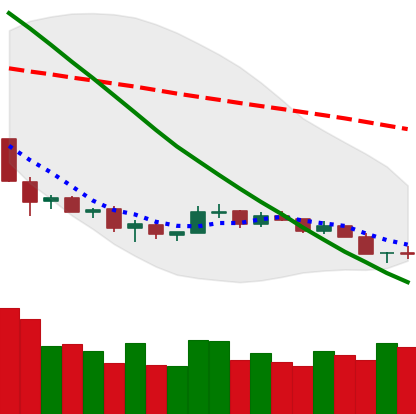
Ticker: NEO-USD
Chart end date: 2018-12-08
Forward return: -5.341%
Label: down_5_7